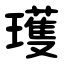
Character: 瓁